Indian journal of veterinary science and animal husbandry - Volume 10,
Year: 1940
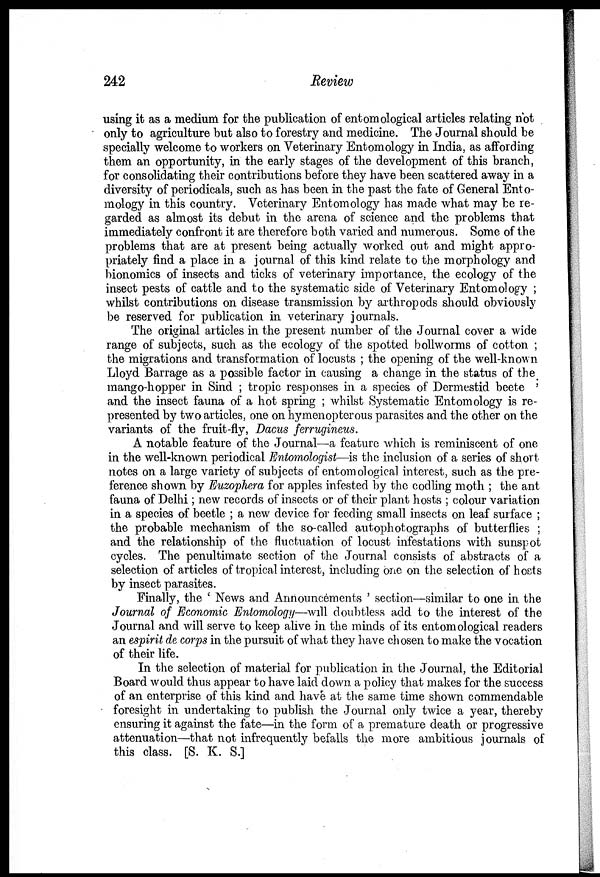
242
Review
using it as a medium for the publication of entomological articles relating not
only to agriculture but also to forestry and medicine. The Journal should be
specially welcome to workers on Veterinary Entomology in India, as affording
them an opportunity, in the early stages of the development of this branch,
for consolidating their contributions before they have been scattered away in a
diversity of periodicals, such as has been in the past the fate of General Ento-
mology in this country. Veterinary Entomology has made what may be re-
garded as almost its debut in the arena of science and the problems that
immediately confront it are therefore both varied and numerous. Some of the
problems that are at present being actually worked out and might appro-
priately find a place in a journal of this kind relate to the morphology and
bionomics of insects and ticks of veterinary importance, the ecology of the
insect pests of cattle and to the systematic side of Veterinary Entomology ;
whilst contributions on disease transmission by arthropods should obviously
be reserved for publication in veterinary journals.
The original articles in the present number of the Journal cover a wide
range of subjects, such as the ecology of the spotted bollworms of cotton ;
the migrations and transformation of locusts ; the opening of the well-known
Lloyd Barrage as a possible factor in causing a change in the status of the
mango-hopper in Sind ; tropic responses in a species of Dermestid beete '
and the insect fauna of a hot spring ; whilst Systematic Entomology is re-
presented by two articles, one on hymenopterous parasites and the other on the
variants of the fruit-fly, Dacus ferrugineus.
A notable feature of the Journal—a feature which is reminiscent of one
in the well-known periodical Entomologist—is the inclusion of a series of short
notes on a large variety of subjects of entomological interest, such as the pre-
ference shown by Euzophera for apples infested by the codling moth ; the ant
fauna of Delhi; new records of insects or of their plant hosts ; colour variation
in a species of beetle ; a new device for feeding small insects on leaf surface ;
the probable mechanism of the so-called autophotographs of butterflies ;
and the relationship of the fluctuation of locust infestations with sunspot
cycles. The penultimate section of the Journal consists of abstracts of a
selection of articles of tropical interest, including one on the selection of hosts
by insect parasites.
Finally, the ' News and Announcements ' section—similar to one in the
Journal of Economic Entomology—will doubtless add to the interest of the
Journal and will serve to keep alive in the minds of its entomological readers
an espirit de corps in the pursuit of what they have chosen to make the vocation
of their life.
In the selection of material for publication in the Journal, the Editorial
Board would thus appear to have laid down a policy that makes for the success
of an enterprise of this kind and have at the same time shown commendable
foresight in undertaking to publish the Journal only twice a year, thereby
ensuring it against the fate—in the form of a premature death or progressive
attenuation—that not infrequently befalls the more ambitious journals of
this class. [S. K. S.]